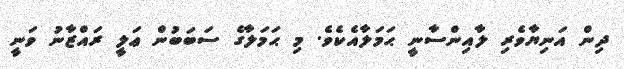
ދިން އަނިޔާވެރި ލާއިންސާނީ ޙަމަލާއެކެވެ. މި ޙަމަލާގެ ސަބަބުން ޢަލީ ރައްޒާނު ވަނީ